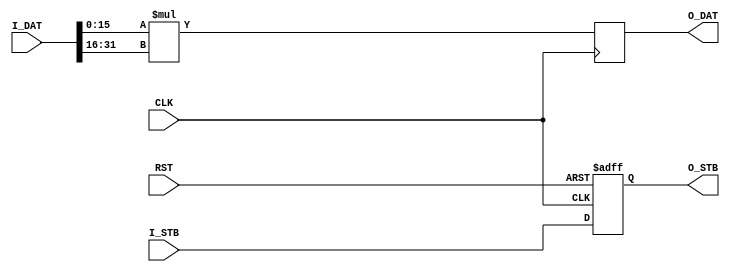
module processing_unit
(
// Closk & reset
input  wire CLK,
input  wire RST,

// Data input
input  wire         I_STB,
input  wire [31:0]  I_DAT,

// Data output
output wire         O_STB,
output wire [31:0]  O_DAT
);

// ============================================================================

wire [15:0] i_dat_a = I_DAT[15: 0];
wire [15:0] i_dat_b = I_DAT[31:16];

reg         o_stb;
reg  [31:0] o_dat;

always @(posedge CLK)
    o_dat <= i_dat_a * i_dat_b;

always @(posedge CLK or posedge RST)
    if (RST) o_stb <= 1'd0;
    else     o_stb <= I_STB;

assign O_STB = o_stb;
assign O_DAT = o_dat;

// ============================================================================

endmodule